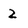
Character: 2